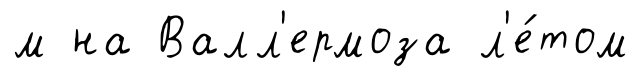
м на Валл'ермоза л'е́том